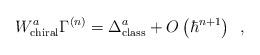
LaTeX: \begin{align*}W_{\rm chiral}^a\Gamma ^{\left( n\right) }=\Delta _{\rm class}^a+O\left( \hbar^{n+1}\right) \,\,\,,\end{align*}